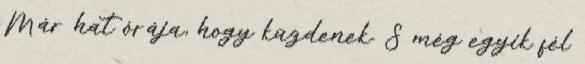
Már hat órája, hogy küzdenek. S még egyik fél